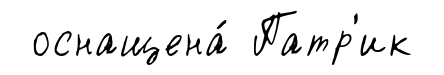
оснащена́ Патр'ик